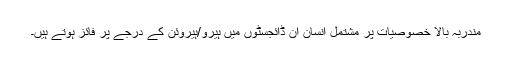
مندربہ بالا خصوصیات پر مشتمل انسان ان ڈائجسٹوں میں ہیرو/ہیروئن کے درجے پر فائز ہوتے ہیں۔